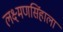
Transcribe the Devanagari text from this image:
लक्ष्मणसिंहाला